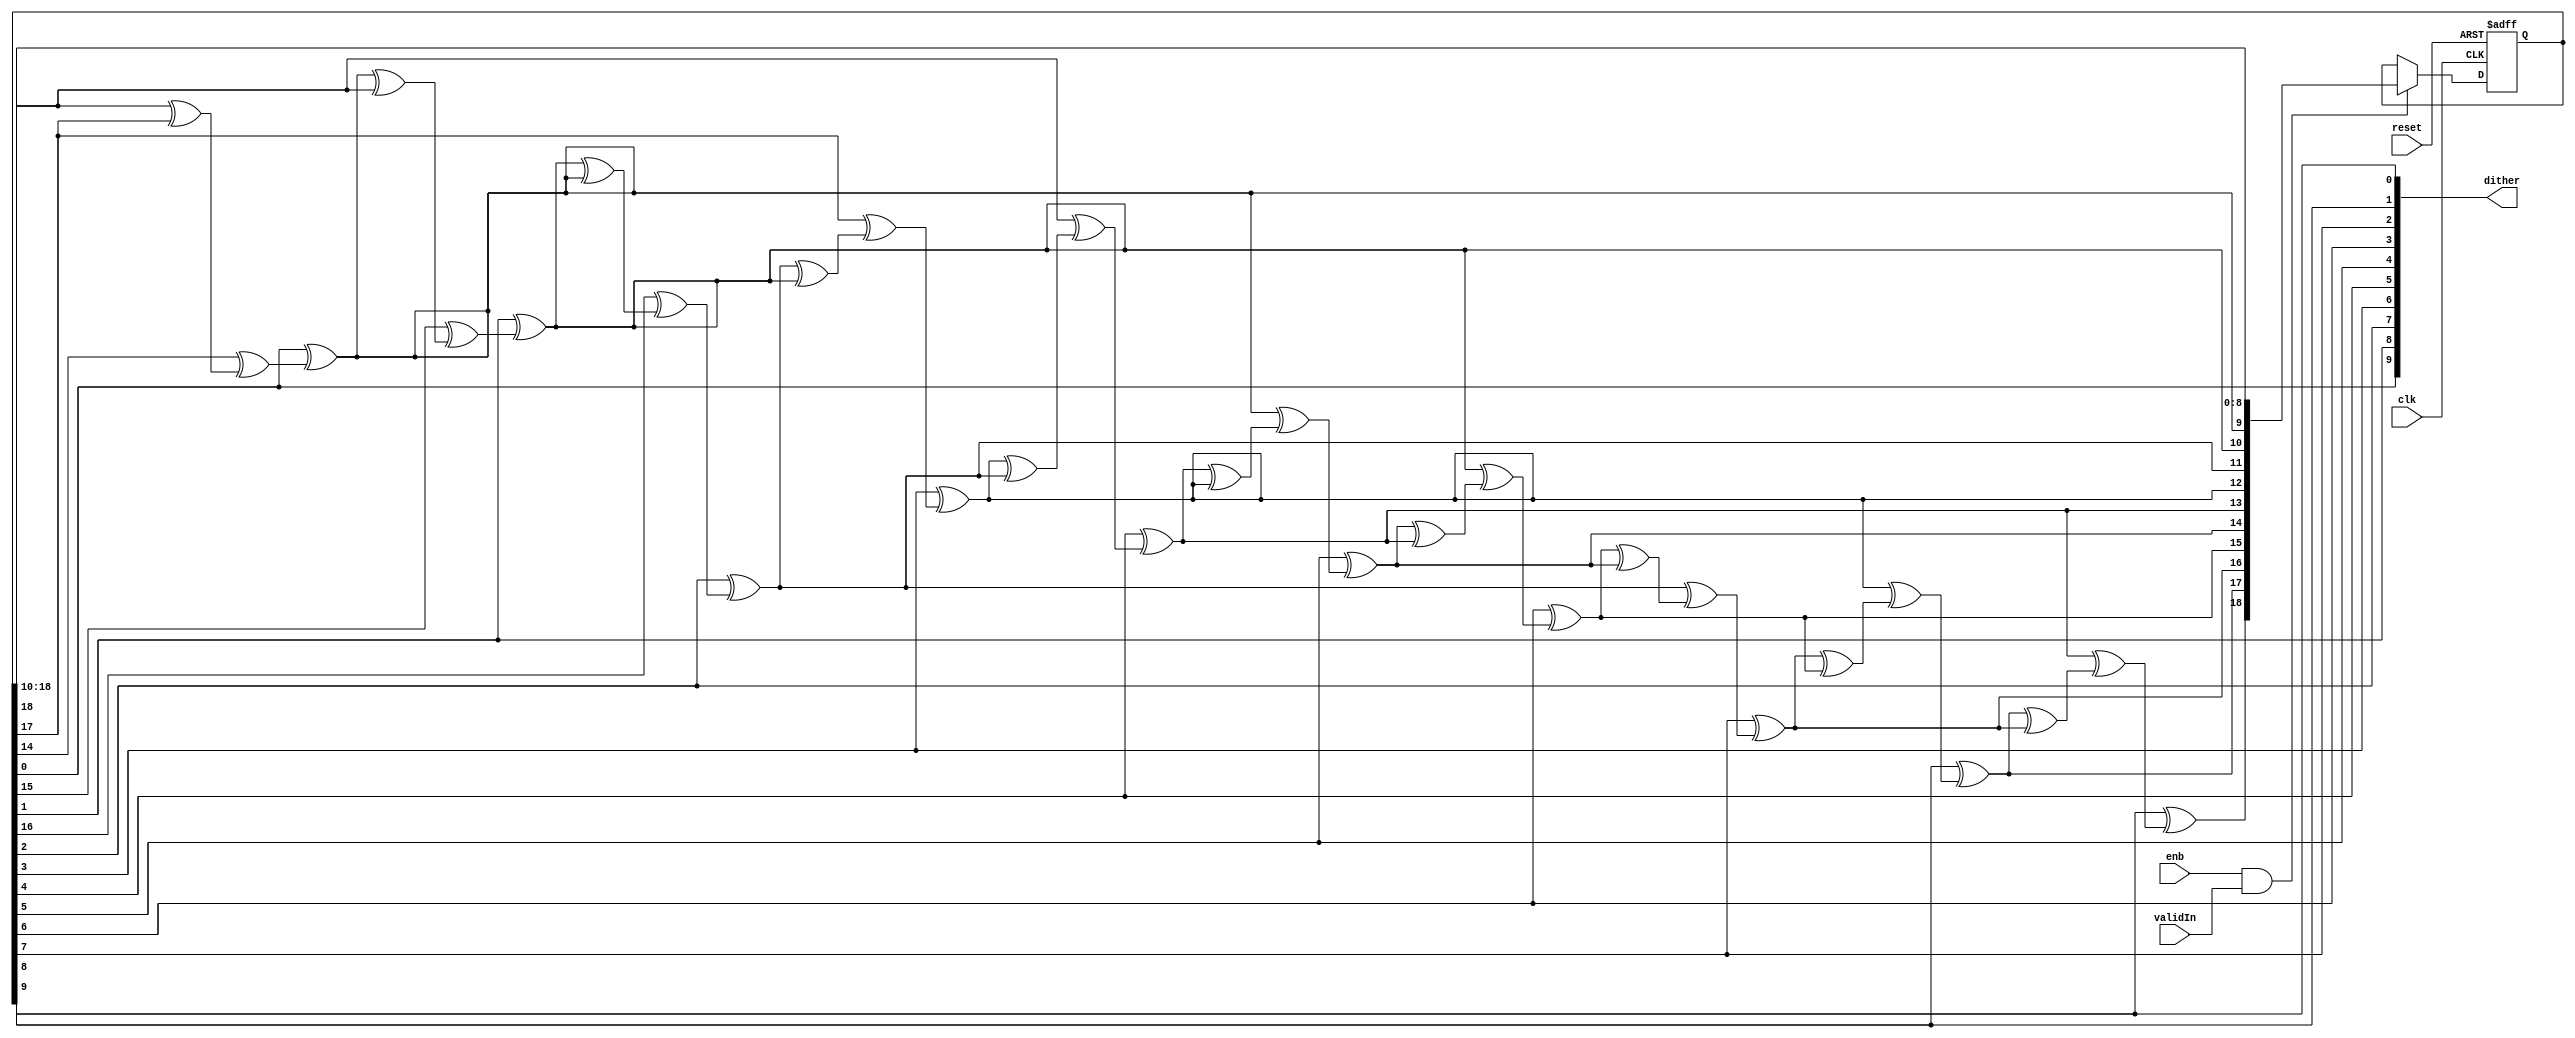
// -------------------------------------------------------------
// 
// 
// Generated by MATLAB 9.13 and HDL Coder 4.0
// 
// -------------------------------------------------------------


// -------------------------------------------------------------
// 
// Module: DitherGen
// Source Path: DUCforLTEHDL/HDL_DUC/NCO/DitherGen
// Hierarchy Level: 2
// 
// Internal Dither Generation Component
// 
// -------------------------------------------------------------

`timescale 1 ns / 1 ns

module DitherGen
          (clk,
           reset,
           enb,
           validIn,
           dither);


  input   clk;
  input   reset;
  input   enb;
  input   validIn;
  output  [9:0] dither;  // ufix10


  wire [18:0] pn_newvalue9;  // ufix19
  wire [17:0] pn_newvaluesf9;  // ufix18
  wire bit0_9;  // ufix1
  wire bit14_9;  // ufix1
  wire bit17_9;  // ufix1
  wire [18:0] pn_newvalue8;  // ufix19
  wire [17:0] pn_newvaluesf8;  // ufix18
  wire bit0_8;  // ufix1
  wire bit14_8;  // ufix1
  wire bit17_8;  // ufix1
  wire [18:0] pn_newvalue7;  // ufix19
  wire [17:0] pn_newvaluesf7;  // ufix18
  wire bit0_7;  // ufix1
  wire bit14_7;  // ufix1
  wire bit17_7;  // ufix1
  wire [18:0] pn_newvalue6;  // ufix19
  wire [17:0] pn_newvaluesf6;  // ufix18
  wire bit0_6;  // ufix1
  wire bit14_6;  // ufix1
  wire bit17_6;  // ufix1
  wire [18:0] pn_newvalue5;  // ufix19
  wire [17:0] pn_newvaluesf5;  // ufix18
  wire bit0_5;  // ufix1
  wire bit14_5;  // ufix1
  wire bit17_5;  // ufix1
  wire [18:0] pn_newvalue4;  // ufix19
  wire [17:0] pn_newvaluesf4;  // ufix18
  wire bit0_4;  // ufix1
  wire bit14_4;  // ufix1
  wire bit17_4;  // ufix1
  wire [18:0] pn_newvalue3;  // ufix19
  wire [17:0] pn_newvaluesf3;  // ufix18
  wire bit0_3;  // ufix1
  wire bit14_3;  // ufix1
  wire bit17_3;  // ufix1
  wire [18:0] pn_newvalue2;  // ufix19
  wire [17:0] pn_newvaluesf2;  // ufix18
  wire bit0_2;  // ufix1
  wire bit14_2;  // ufix1
  wire bit17_2;  // ufix1
  wire [18:0] pn_newvalue1;  // ufix19
  wire [17:0] pn_newvaluesf1;  // ufix18
  wire bit0_1;  // ufix1
  wire bit14_1;  // ufix1
  wire bit17_1;  // ufix1
  reg [18:0] pn_reg;  // ufix19
  wire [17:0] pn_newvaluesf0;  // ufix18
  wire bit14_0;  // ufix1
  wire bit17_0;  // ufix1
  wire bit18_0;  // ufix1
  wire bit0_0;  // ufix1
  wire xorout0;  // ufix1
  wire bit18_1;  // ufix1
  wire xorout1;  // ufix1
  wire bit18_2;  // ufix1
  wire xorout2;  // ufix1
  wire bit18_3;  // ufix1
  wire xorout3;  // ufix1
  wire bit18_4;  // ufix1
  wire xorout4;  // ufix1
  wire bit18_5;  // ufix1
  wire xorout5;  // ufix1
  wire bit18_6;  // ufix1
  wire xorout6;  // ufix1
  wire bit18_7;  // ufix1
  wire xorout7;  // ufix1
  wire bit18_8;  // ufix1
  wire xorout8;  // ufix1
  wire bit18_9;  // ufix1
  wire xorout9;  // ufix1
  wire [18:0] pn_newvalue10;  // ufix19


  assign pn_newvaluesf9 = pn_newvalue9[18:1];



  assign bit0_9 = pn_newvalue9[0];



  assign bit14_9 = pn_newvalue9[14];



  assign bit17_9 = pn_newvalue9[17];



  assign pn_newvaluesf8 = pn_newvalue8[18:1];



  assign bit0_8 = pn_newvalue8[0];



  assign bit14_8 = pn_newvalue8[14];



  assign bit17_8 = pn_newvalue8[17];



  assign pn_newvaluesf7 = pn_newvalue7[18:1];



  assign bit0_7 = pn_newvalue7[0];



  assign bit14_7 = pn_newvalue7[14];



  assign bit17_7 = pn_newvalue7[17];



  assign pn_newvaluesf6 = pn_newvalue6[18:1];



  assign bit0_6 = pn_newvalue6[0];



  assign bit14_6 = pn_newvalue6[14];



  assign bit17_6 = pn_newvalue6[17];



  assign pn_newvaluesf5 = pn_newvalue5[18:1];



  assign bit0_5 = pn_newvalue5[0];



  assign bit14_5 = pn_newvalue5[14];



  assign bit17_5 = pn_newvalue5[17];



  assign pn_newvaluesf4 = pn_newvalue4[18:1];



  assign bit0_4 = pn_newvalue4[0];



  assign bit14_4 = pn_newvalue4[14];



  assign bit17_4 = pn_newvalue4[17];



  assign pn_newvaluesf3 = pn_newvalue3[18:1];



  assign bit0_3 = pn_newvalue3[0];



  assign bit14_3 = pn_newvalue3[14];



  assign bit17_3 = pn_newvalue3[17];



  assign pn_newvaluesf2 = pn_newvalue2[18:1];



  assign bit0_2 = pn_newvalue2[0];



  assign bit14_2 = pn_newvalue2[14];



  assign bit17_2 = pn_newvalue2[17];



  assign pn_newvaluesf1 = pn_newvalue1[18:1];



  assign bit0_1 = pn_newvalue1[0];



  assign bit14_1 = pn_newvalue1[14];



  assign bit17_1 = pn_newvalue1[17];



  assign pn_newvaluesf0 = pn_reg[18:1];



  assign bit14_0 = pn_reg[14];



  assign bit17_0 = pn_reg[17];



  assign bit18_0 = pn_reg[18];



  // Stage1: Compute register output and shift
  assign xorout0 = bit0_0 ^ (bit14_0 ^ (bit18_0 ^ bit17_0));



  assign pn_newvalue1 = {xorout0, pn_newvaluesf0};



  assign bit18_1 = pn_newvalue1[18];



  // Stage2: Compute register output and shift
  assign xorout1 = bit0_1 ^ (bit14_1 ^ (bit18_1 ^ bit17_1));



  assign pn_newvalue2 = {xorout1, pn_newvaluesf1};



  assign bit18_2 = pn_newvalue2[18];



  // Stage3: Compute register output and shift
  assign xorout2 = bit0_2 ^ (bit14_2 ^ (bit18_2 ^ bit17_2));



  assign pn_newvalue3 = {xorout2, pn_newvaluesf2};



  assign bit18_3 = pn_newvalue3[18];



  // Stage4: Compute register output and shift
  assign xorout3 = bit0_3 ^ (bit14_3 ^ (bit18_3 ^ bit17_3));



  assign pn_newvalue4 = {xorout3, pn_newvaluesf3};



  assign bit18_4 = pn_newvalue4[18];



  // Stage5: Compute register output and shift
  assign xorout4 = bit0_4 ^ (bit14_4 ^ (bit18_4 ^ bit17_4));



  assign pn_newvalue5 = {xorout4, pn_newvaluesf4};



  assign bit18_5 = pn_newvalue5[18];



  // Stage6: Compute register output and shift
  assign xorout5 = bit0_5 ^ (bit14_5 ^ (bit18_5 ^ bit17_5));



  assign pn_newvalue6 = {xorout5, pn_newvaluesf5};



  assign bit18_6 = pn_newvalue6[18];



  // Stage7: Compute register output and shift
  assign xorout6 = bit0_6 ^ (bit14_6 ^ (bit18_6 ^ bit17_6));



  assign pn_newvalue7 = {xorout6, pn_newvaluesf6};



  assign bit18_7 = pn_newvalue7[18];



  // Stage8: Compute register output and shift
  assign xorout7 = bit0_7 ^ (bit14_7 ^ (bit18_7 ^ bit17_7));



  assign pn_newvalue8 = {xorout7, pn_newvaluesf7};



  assign bit18_8 = pn_newvalue8[18];



  // Stage9: Compute register output and shift
  assign xorout8 = bit0_8 ^ (bit14_8 ^ (bit18_8 ^ bit17_8));



  assign pn_newvalue9 = {xorout8, pn_newvaluesf8};



  assign bit18_9 = pn_newvalue9[18];



  // Stage10: Compute register output and shift
  assign xorout9 = bit0_9 ^ (bit14_9 ^ (bit18_9 ^ bit17_9));



  assign pn_newvalue10 = {xorout9, pn_newvaluesf9};



  // PNgen register
  always @(posedge clk or posedge reset)
    begin : PNgenRegister_process
      if (reset == 1'b1) begin
        pn_reg <= 19'b0000000000000000001;
      end
      else begin
        if (enb && validIn) begin
          pn_reg <= pn_newvalue10;
        end
      end
    end



  assign bit0_0 = pn_reg[0];



  // Dither Output
  assign dither = {bit0_0, bit0_1, bit0_2, bit0_3, bit0_4, bit0_5, bit0_6, bit0_7, bit0_8, bit0_9};



endmodule  // DitherGen